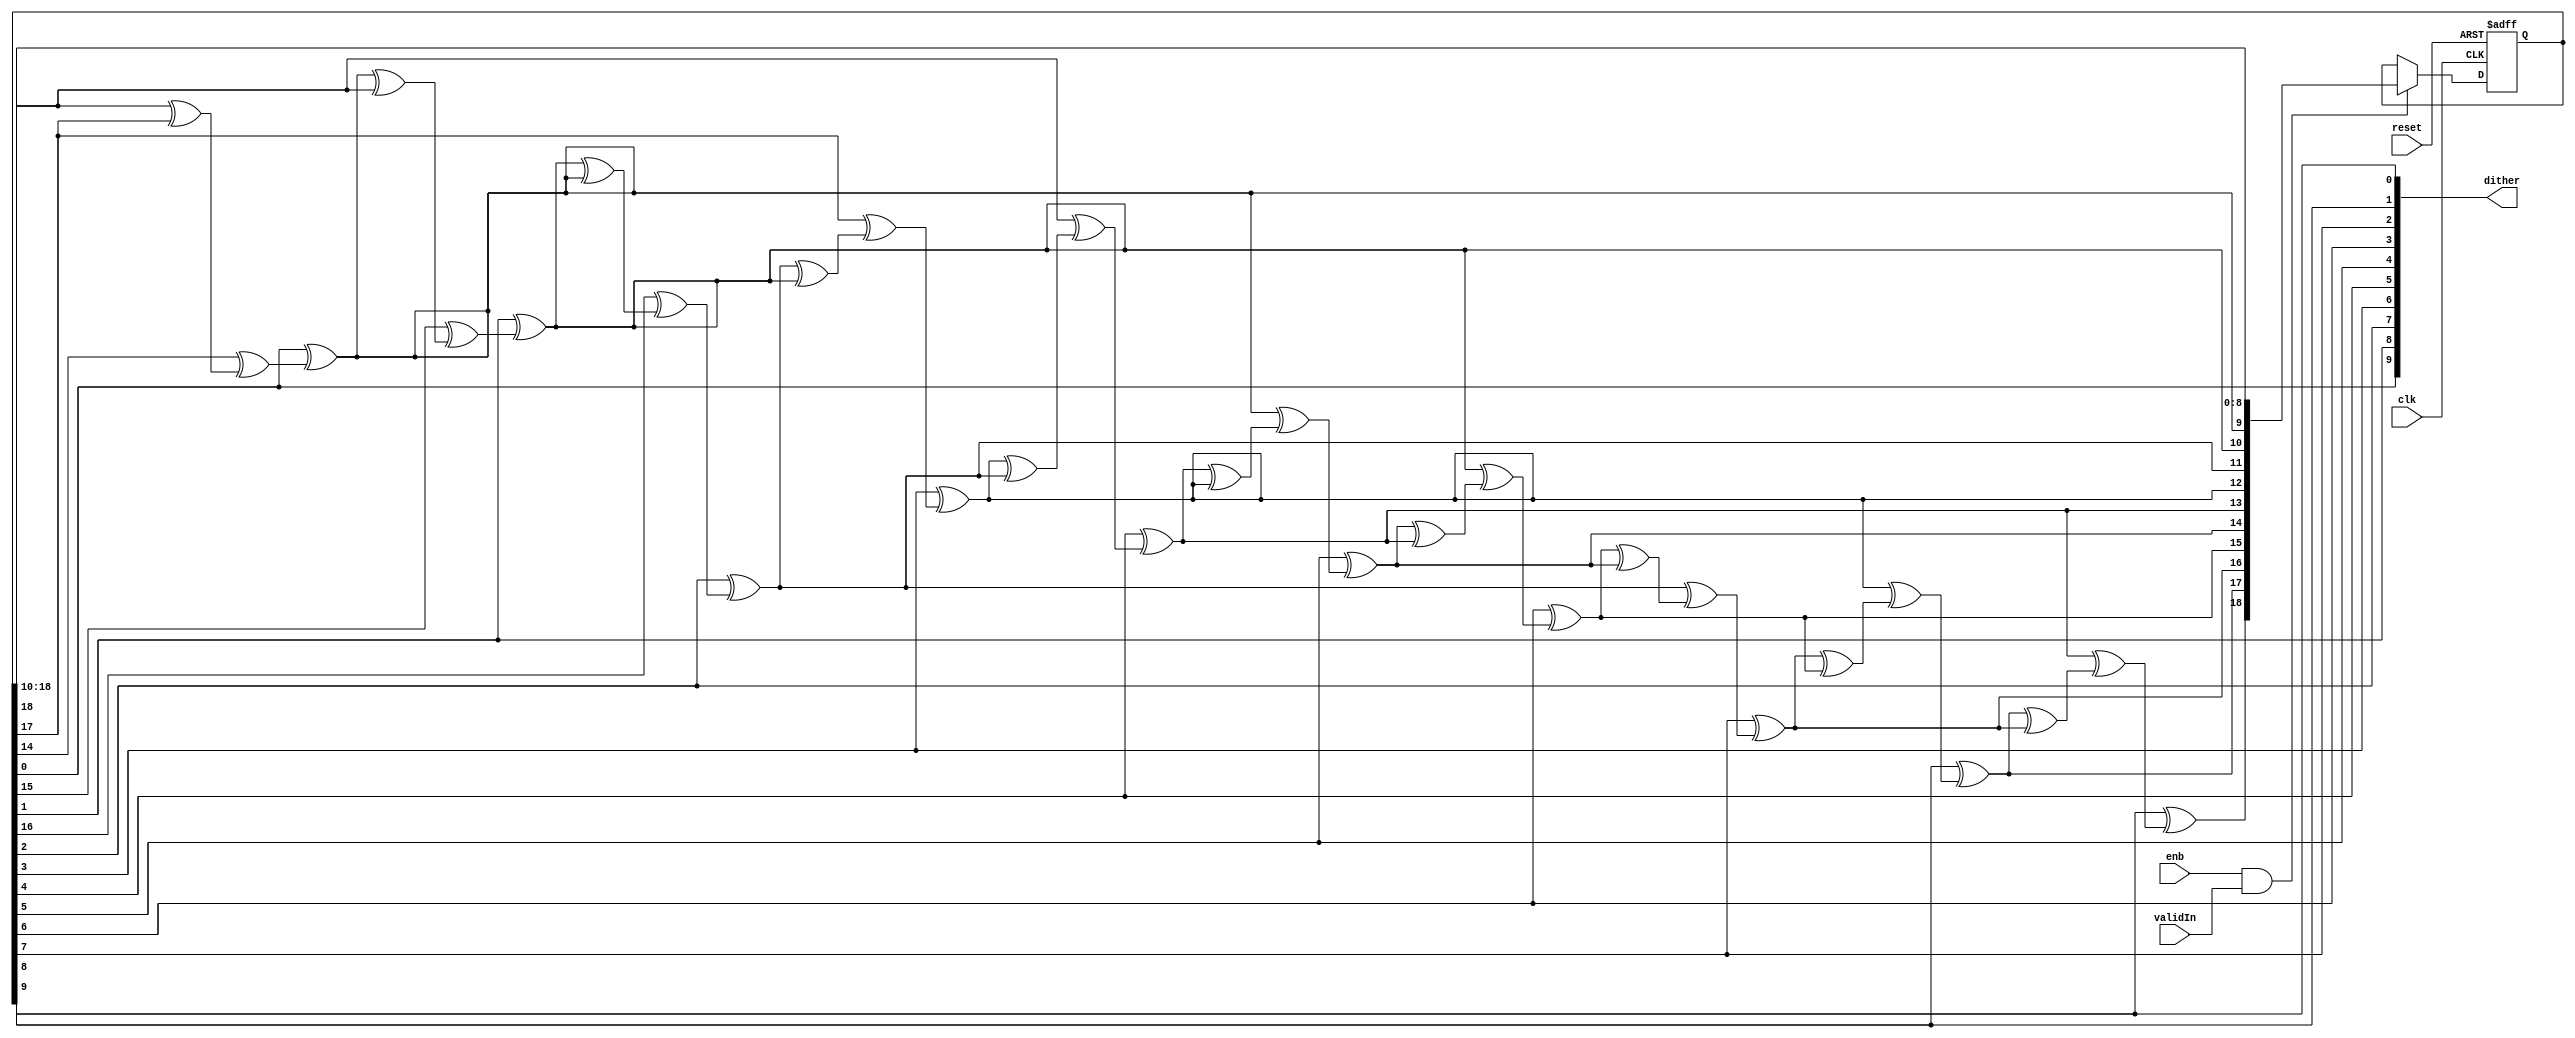
// -------------------------------------------------------------
// 
// 
// Generated by MATLAB 9.13 and HDL Coder 4.0
// 
// -------------------------------------------------------------


// -------------------------------------------------------------
// 
// Module: DitherGen
// Source Path: DUCforLTEHDL/HDL_DUC/NCO/DitherGen
// Hierarchy Level: 2
// 
// Internal Dither Generation Component
// 
// -------------------------------------------------------------

`timescale 1 ns / 1 ns

module DitherGen
          (clk,
           reset,
           enb,
           validIn,
           dither);


  input   clk;
  input   reset;
  input   enb;
  input   validIn;
  output  [9:0] dither;  // ufix10


  wire [18:0] pn_newvalue9;  // ufix19
  wire [17:0] pn_newvaluesf9;  // ufix18
  wire bit0_9;  // ufix1
  wire bit14_9;  // ufix1
  wire bit17_9;  // ufix1
  wire [18:0] pn_newvalue8;  // ufix19
  wire [17:0] pn_newvaluesf8;  // ufix18
  wire bit0_8;  // ufix1
  wire bit14_8;  // ufix1
  wire bit17_8;  // ufix1
  wire [18:0] pn_newvalue7;  // ufix19
  wire [17:0] pn_newvaluesf7;  // ufix18
  wire bit0_7;  // ufix1
  wire bit14_7;  // ufix1
  wire bit17_7;  // ufix1
  wire [18:0] pn_newvalue6;  // ufix19
  wire [17:0] pn_newvaluesf6;  // ufix18
  wire bit0_6;  // ufix1
  wire bit14_6;  // ufix1
  wire bit17_6;  // ufix1
  wire [18:0] pn_newvalue5;  // ufix19
  wire [17:0] pn_newvaluesf5;  // ufix18
  wire bit0_5;  // ufix1
  wire bit14_5;  // ufix1
  wire bit17_5;  // ufix1
  wire [18:0] pn_newvalue4;  // ufix19
  wire [17:0] pn_newvaluesf4;  // ufix18
  wire bit0_4;  // ufix1
  wire bit14_4;  // ufix1
  wire bit17_4;  // ufix1
  wire [18:0] pn_newvalue3;  // ufix19
  wire [17:0] pn_newvaluesf3;  // ufix18
  wire bit0_3;  // ufix1
  wire bit14_3;  // ufix1
  wire bit17_3;  // ufix1
  wire [18:0] pn_newvalue2;  // ufix19
  wire [17:0] pn_newvaluesf2;  // ufix18
  wire bit0_2;  // ufix1
  wire bit14_2;  // ufix1
  wire bit17_2;  // ufix1
  wire [18:0] pn_newvalue1;  // ufix19
  wire [17:0] pn_newvaluesf1;  // ufix18
  wire bit0_1;  // ufix1
  wire bit14_1;  // ufix1
  wire bit17_1;  // ufix1
  reg [18:0] pn_reg;  // ufix19
  wire [17:0] pn_newvaluesf0;  // ufix18
  wire bit14_0;  // ufix1
  wire bit17_0;  // ufix1
  wire bit18_0;  // ufix1
  wire bit0_0;  // ufix1
  wire xorout0;  // ufix1
  wire bit18_1;  // ufix1
  wire xorout1;  // ufix1
  wire bit18_2;  // ufix1
  wire xorout2;  // ufix1
  wire bit18_3;  // ufix1
  wire xorout3;  // ufix1
  wire bit18_4;  // ufix1
  wire xorout4;  // ufix1
  wire bit18_5;  // ufix1
  wire xorout5;  // ufix1
  wire bit18_6;  // ufix1
  wire xorout6;  // ufix1
  wire bit18_7;  // ufix1
  wire xorout7;  // ufix1
  wire bit18_8;  // ufix1
  wire xorout8;  // ufix1
  wire bit18_9;  // ufix1
  wire xorout9;  // ufix1
  wire [18:0] pn_newvalue10;  // ufix19


  assign pn_newvaluesf9 = pn_newvalue9[18:1];



  assign bit0_9 = pn_newvalue9[0];



  assign bit14_9 = pn_newvalue9[14];



  assign bit17_9 = pn_newvalue9[17];



  assign pn_newvaluesf8 = pn_newvalue8[18:1];



  assign bit0_8 = pn_newvalue8[0];



  assign bit14_8 = pn_newvalue8[14];



  assign bit17_8 = pn_newvalue8[17];



  assign pn_newvaluesf7 = pn_newvalue7[18:1];



  assign bit0_7 = pn_newvalue7[0];



  assign bit14_7 = pn_newvalue7[14];



  assign bit17_7 = pn_newvalue7[17];



  assign pn_newvaluesf6 = pn_newvalue6[18:1];



  assign bit0_6 = pn_newvalue6[0];



  assign bit14_6 = pn_newvalue6[14];



  assign bit17_6 = pn_newvalue6[17];



  assign pn_newvaluesf5 = pn_newvalue5[18:1];



  assign bit0_5 = pn_newvalue5[0];



  assign bit14_5 = pn_newvalue5[14];



  assign bit17_5 = pn_newvalue5[17];



  assign pn_newvaluesf4 = pn_newvalue4[18:1];



  assign bit0_4 = pn_newvalue4[0];



  assign bit14_4 = pn_newvalue4[14];



  assign bit17_4 = pn_newvalue4[17];



  assign pn_newvaluesf3 = pn_newvalue3[18:1];



  assign bit0_3 = pn_newvalue3[0];



  assign bit14_3 = pn_newvalue3[14];



  assign bit17_3 = pn_newvalue3[17];



  assign pn_newvaluesf2 = pn_newvalue2[18:1];



  assign bit0_2 = pn_newvalue2[0];



  assign bit14_2 = pn_newvalue2[14];



  assign bit17_2 = pn_newvalue2[17];



  assign pn_newvaluesf1 = pn_newvalue1[18:1];



  assign bit0_1 = pn_newvalue1[0];



  assign bit14_1 = pn_newvalue1[14];



  assign bit17_1 = pn_newvalue1[17];



  assign pn_newvaluesf0 = pn_reg[18:1];



  assign bit14_0 = pn_reg[14];



  assign bit17_0 = pn_reg[17];



  assign bit18_0 = pn_reg[18];



  // Stage1: Compute register output and shift
  assign xorout0 = bit0_0 ^ (bit14_0 ^ (bit18_0 ^ bit17_0));



  assign pn_newvalue1 = {xorout0, pn_newvaluesf0};



  assign bit18_1 = pn_newvalue1[18];



  // Stage2: Compute register output and shift
  assign xorout1 = bit0_1 ^ (bit14_1 ^ (bit18_1 ^ bit17_1));



  assign pn_newvalue2 = {xorout1, pn_newvaluesf1};



  assign bit18_2 = pn_newvalue2[18];



  // Stage3: Compute register output and shift
  assign xorout2 = bit0_2 ^ (bit14_2 ^ (bit18_2 ^ bit17_2));



  assign pn_newvalue3 = {xorout2, pn_newvaluesf2};



  assign bit18_3 = pn_newvalue3[18];



  // Stage4: Compute register output and shift
  assign xorout3 = bit0_3 ^ (bit14_3 ^ (bit18_3 ^ bit17_3));



  assign pn_newvalue4 = {xorout3, pn_newvaluesf3};



  assign bit18_4 = pn_newvalue4[18];



  // Stage5: Compute register output and shift
  assign xorout4 = bit0_4 ^ (bit14_4 ^ (bit18_4 ^ bit17_4));



  assign pn_newvalue5 = {xorout4, pn_newvaluesf4};



  assign bit18_5 = pn_newvalue5[18];



  // Stage6: Compute register output and shift
  assign xorout5 = bit0_5 ^ (bit14_5 ^ (bit18_5 ^ bit17_5));



  assign pn_newvalue6 = {xorout5, pn_newvaluesf5};



  assign bit18_6 = pn_newvalue6[18];



  // Stage7: Compute register output and shift
  assign xorout6 = bit0_6 ^ (bit14_6 ^ (bit18_6 ^ bit17_6));



  assign pn_newvalue7 = {xorout6, pn_newvaluesf6};



  assign bit18_7 = pn_newvalue7[18];



  // Stage8: Compute register output and shift
  assign xorout7 = bit0_7 ^ (bit14_7 ^ (bit18_7 ^ bit17_7));



  assign pn_newvalue8 = {xorout7, pn_newvaluesf7};



  assign bit18_8 = pn_newvalue8[18];



  // Stage9: Compute register output and shift
  assign xorout8 = bit0_8 ^ (bit14_8 ^ (bit18_8 ^ bit17_8));



  assign pn_newvalue9 = {xorout8, pn_newvaluesf8};



  assign bit18_9 = pn_newvalue9[18];



  // Stage10: Compute register output and shift
  assign xorout9 = bit0_9 ^ (bit14_9 ^ (bit18_9 ^ bit17_9));



  assign pn_newvalue10 = {xorout9, pn_newvaluesf9};



  // PNgen register
  always @(posedge clk or posedge reset)
    begin : PNgenRegister_process
      if (reset == 1'b1) begin
        pn_reg <= 19'b0000000000000000001;
      end
      else begin
        if (enb && validIn) begin
          pn_reg <= pn_newvalue10;
        end
      end
    end



  assign bit0_0 = pn_reg[0];



  // Dither Output
  assign dither = {bit0_0, bit0_1, bit0_2, bit0_3, bit0_4, bit0_5, bit0_6, bit0_7, bit0_8, bit0_9};



endmodule  // DitherGen